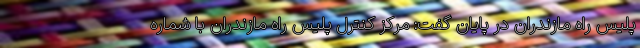
پلیس راه مازندران در پایان گفت: مرکز کنترل پلیس راه مازندران با شماره